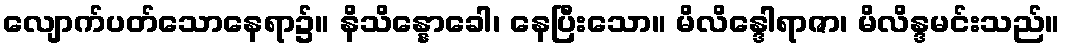
လျောက်ပတ်သောနေရာ၌။ နိသိန္နောခေါ၊ နေပြီးသော။ မိလိန္ဒေါရာဇာ၊ မိလိန္ဒမင်းသည်။